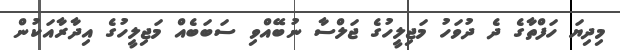
މިދިޔަ ހަފްތާގެ ދެ ދުވަހު މަޖިލީހުގެ ޖަލްސާ ނުބޭއްވި ސަބަބެއް މަޖިލީހުގެ އިދާރާއަކުން